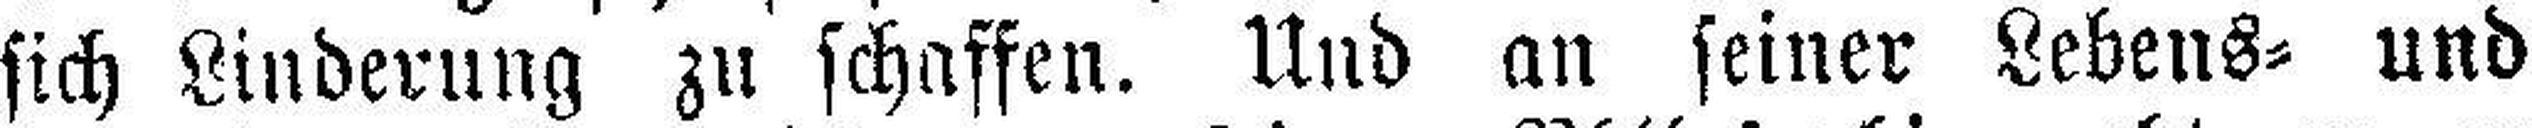
sich Linderung zu schaffen. Und an seiner Lebens= und